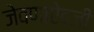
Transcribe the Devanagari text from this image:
जेवणाऐवजी